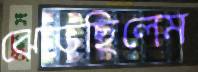
ঝেড়েছিলেম